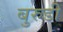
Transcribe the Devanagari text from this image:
बुरुडी